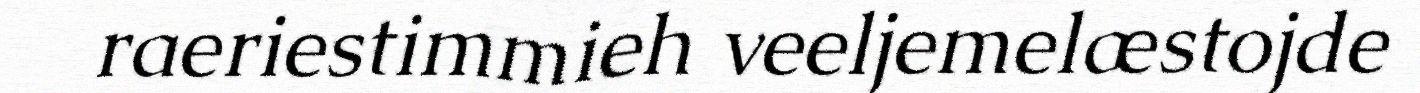
raeriestimmieh veeljemelæstojde